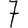
Digit: 7